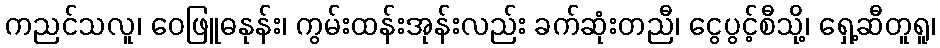
ကညင်သလူ၊ ဝေဖြူဓနုန်း၊ ကွမ်းထန်းအုန်းလည်း ခက်ဆုံးတညီ၊ ငွေပွင့်စီသို့၊ ရှေ့ဆီတူရူ၊